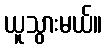
ယူသွားမယ်။